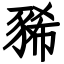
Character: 豨